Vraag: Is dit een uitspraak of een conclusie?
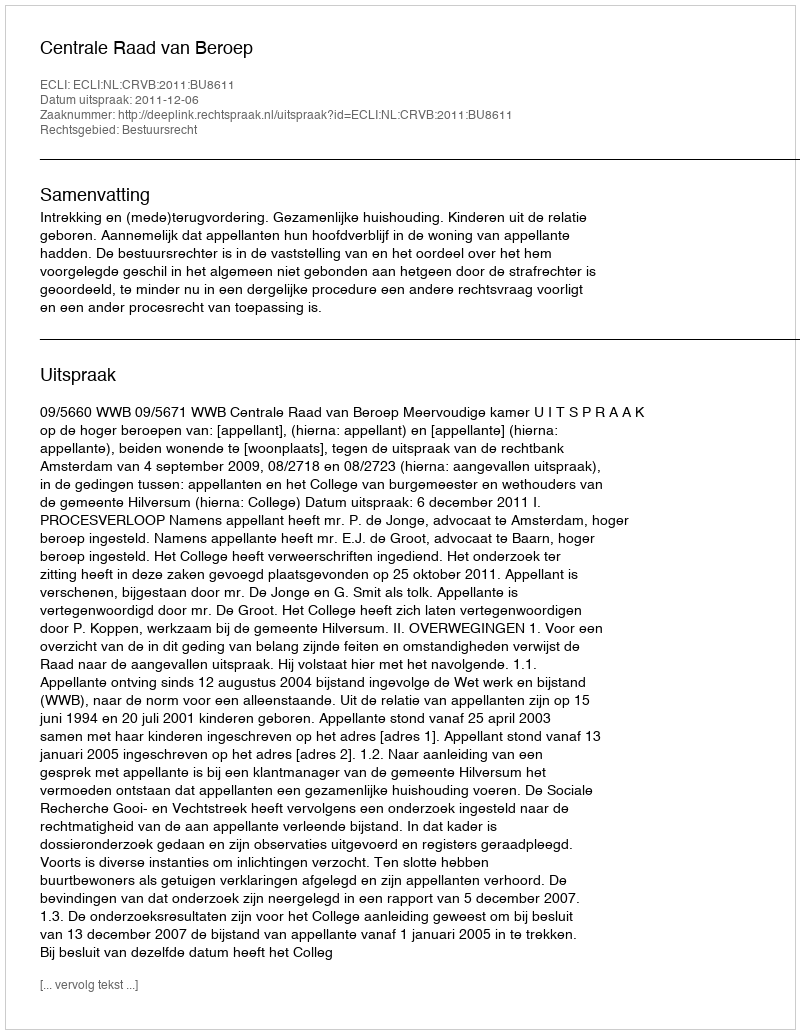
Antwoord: Uitspraak